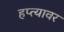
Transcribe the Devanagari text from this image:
हप्त्यावर